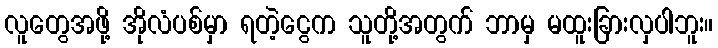
လူတွေအဖို့ အိုလံပစ်မှာ ရတဲ့ငွေက သူတို့အတွက် ဘာမှ မထူးခြားလှပါဘူး။